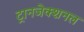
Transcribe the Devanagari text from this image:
ट्रानजेक्शनल